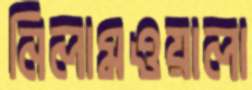
নিলামওয়ালা